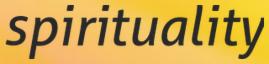
spirituality